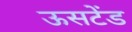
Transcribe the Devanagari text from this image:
ऊसटेंड